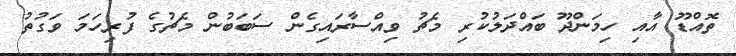
ތޮއްޑޫ އާއި ހިމަންދޫ ބައްދަލުކުރި މެޗު ވިއްސާރައިގެން ސަބަބުން މެޗުގެ ފުރިހަމަ ވަގުތު